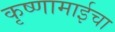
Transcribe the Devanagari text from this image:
कृष्णामाईचा